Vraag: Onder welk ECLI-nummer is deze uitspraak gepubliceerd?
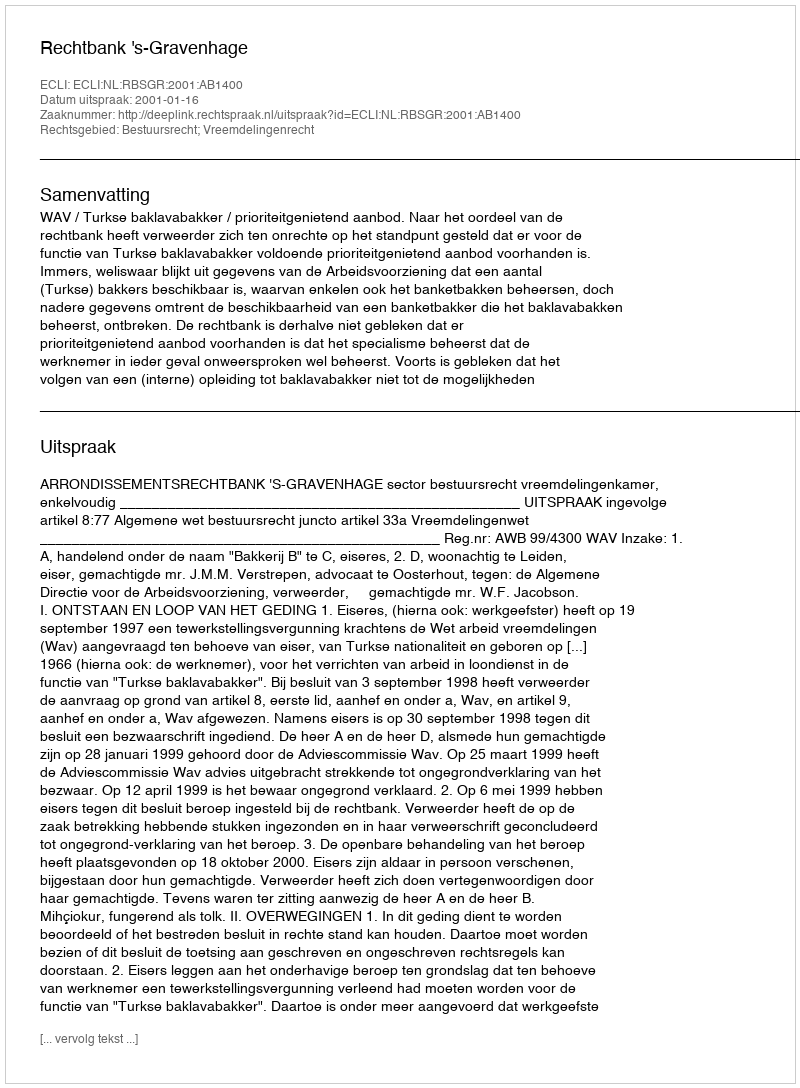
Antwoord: ECLI:NL:RBSGR:2001:AB1400